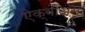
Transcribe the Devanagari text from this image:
ऐक्वीअस